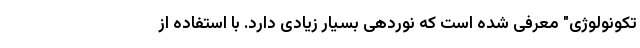
تکونولوژی" معرفی شده است که نوردهی بسیار زیادی دارد. با استفاده از